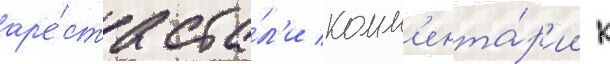
ар'е́ста ста́л'и комм'ента́р'ии к